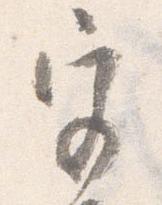
宮